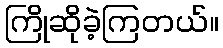
ကြိုဆိုခဲ့ကြတယ်။